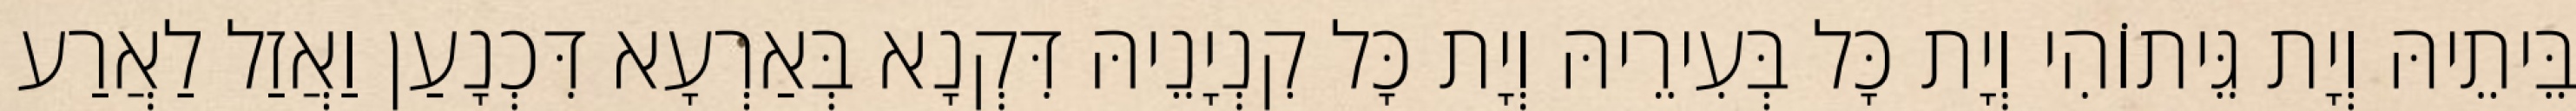
בֵּיתֵיהּ וְיָת גֵּיתוֹהִי וְיָת כָּל בְּעִירֵיהּ וְיָת כָּל קִנְיָנֵיהּ דִּקְנָא בְּאַרְעָא דִּכְנָעַן וַאֲזַל לַאֲרַע